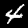
Label: 4